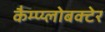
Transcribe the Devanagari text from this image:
कैम्प्य्लोबक्टेर